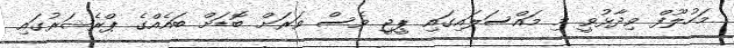
މަހުލޫފް ވިދާޅުވީ މި މައްސަލައިގައި ޕީޖީ ވެސް ވަރަށް ބޮޑަށް ބައެއްގެ ޕްރެޝަރުގައި